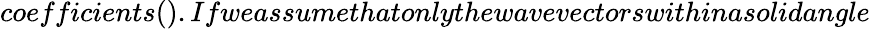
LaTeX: coefficients().Ifweassumethatonlythewavevectorswithinasolidangle